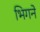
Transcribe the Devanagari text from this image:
भिगने